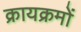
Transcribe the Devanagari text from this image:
क्रायक्रमों